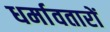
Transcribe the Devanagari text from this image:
धर्मावतारों